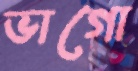
ভাগো